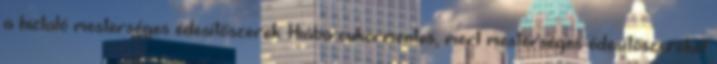
a hizlaló mesterséges édesítőszerek: Hiába cukormentes, mert mesterséges édesítőszereket